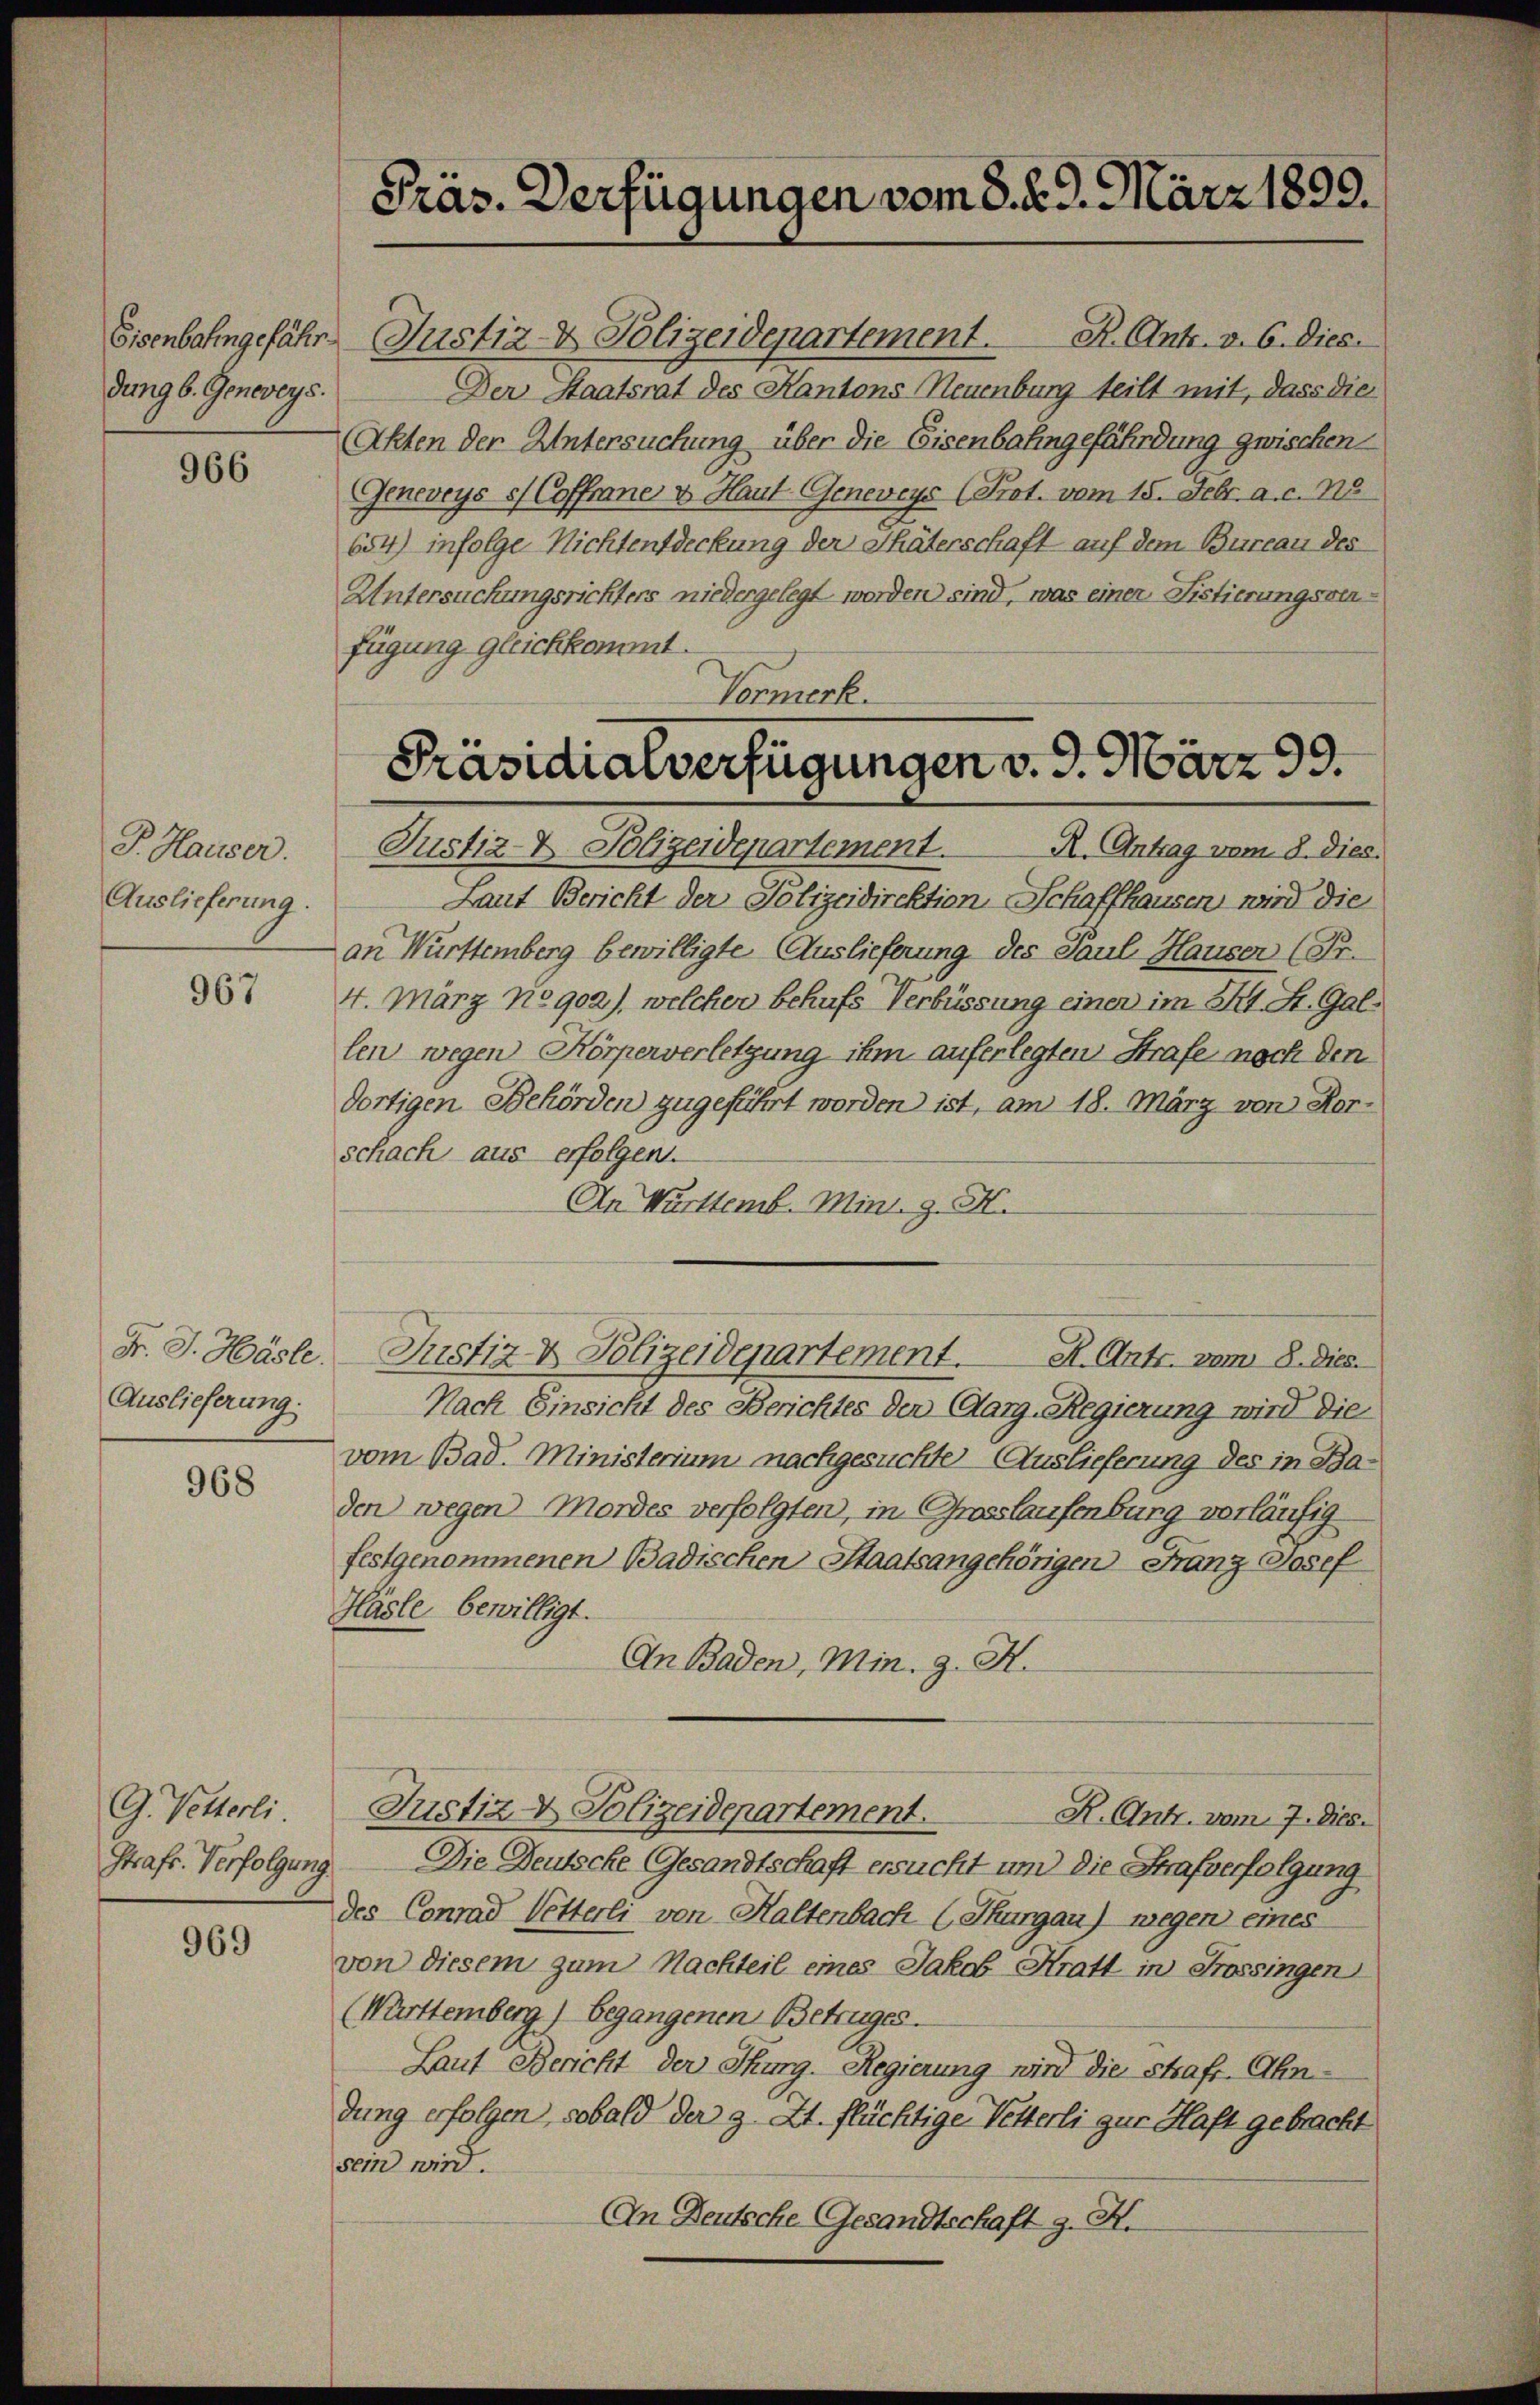
Eisenbahngefährdung 6. Geneveys.

966

P. Hauser.
Auslieferung.

967

Fr. J. Hasle.
Auslieferung.

968

G. Vetterli.
Straft. Verfolgung.

969

Präs. Verfügungen vom 8. 29. März 1890.

Justiz- & Polizeidepartement. R. Antr. v. 6. Dies
Der Staatsrat des Kantons Neuenburg teilt mit, dass die
Akten der Untersuchung über die Eisenbahngefährdung zwischen
Geneveys / Coffrane u. Haut Geneveys (Prot. vom 18. Febr. a. c. 18
654) infolge Nichtentdeckung der Thäterschaft auf dem Bureau des
Untersuchungsrichters niedergelegt worden sind, was einer Fistierungsrafügung gleichkommt.
Justiz- & Polizeidepartement.
R. Antrag vom 8. dies.
Laut Bericht der Polizeidirektion Schaffhausen, wird die
an Württemberg bewilligte Auslieferung des Paul Hausen (Fr.
4. März No 902), welcher behufs Verbüssung einer im 341 St. Gallen wegen Körperverletzung ihm auferlegten Strafe noch den
dortigen Behörden zugeführt worden ist, am 18. März von Her-
schach aus erfolgen.
An Württemb. Mini. g. H.
Justiz & Polizeidepartement.
R. Antr. vom 8. Dies.
Nach Einsicht des Berichtes der (Aarg.-Regierung wird die
vom Bad. Ministerium nachgesuchte Auslieferung des in Baden wegen Mordes verfolgten, in Grosslaufenburg vorläufig
festgenommenen Badischen Staatsangehörigen Franz Josef
Hasle bewilligt.
An Baden, Min. J. H.
Justiz- & Polizeidepartement.
R. Antr. vom 7. Dieb.
Die Deutsche Gesandtschaft ersucht und die Strafverfolgung
des Conrad Petterli von Haltenbach (Thurgau) wegen eines
von diesem zum Nachteil eines Jakob Kratt in Frossingen
(Württemberg) begangenen Betruges.
Laut Bericht der Thurg. Regierung wird die strafe Ahn
dung erfolgen, sobald der z. Zt. flüchtige Vetterli zur Haft gebracht
sein wird.
An Deutsche Gesandtschaft g. K.

Vormerk.
Präsidialverfügungen v. 9. März 99.